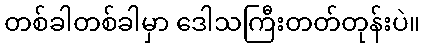
တစ်ခါတစ်ခါမှာ ဒေါသကြီးတတ်တုန်းပဲ။